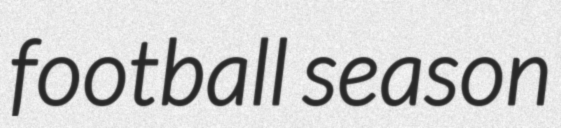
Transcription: football season